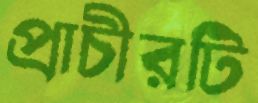
প্রাচীরটি